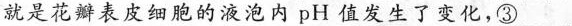
就是花瓣表皮细胞的液泡内pH值发生了变化，③___